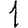
Digit: 1